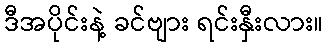
ဒီအပိုင်းနဲ့ ခင်ဗျား ရင်းနှီးလား။